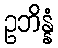
ဥဘိန္နံ